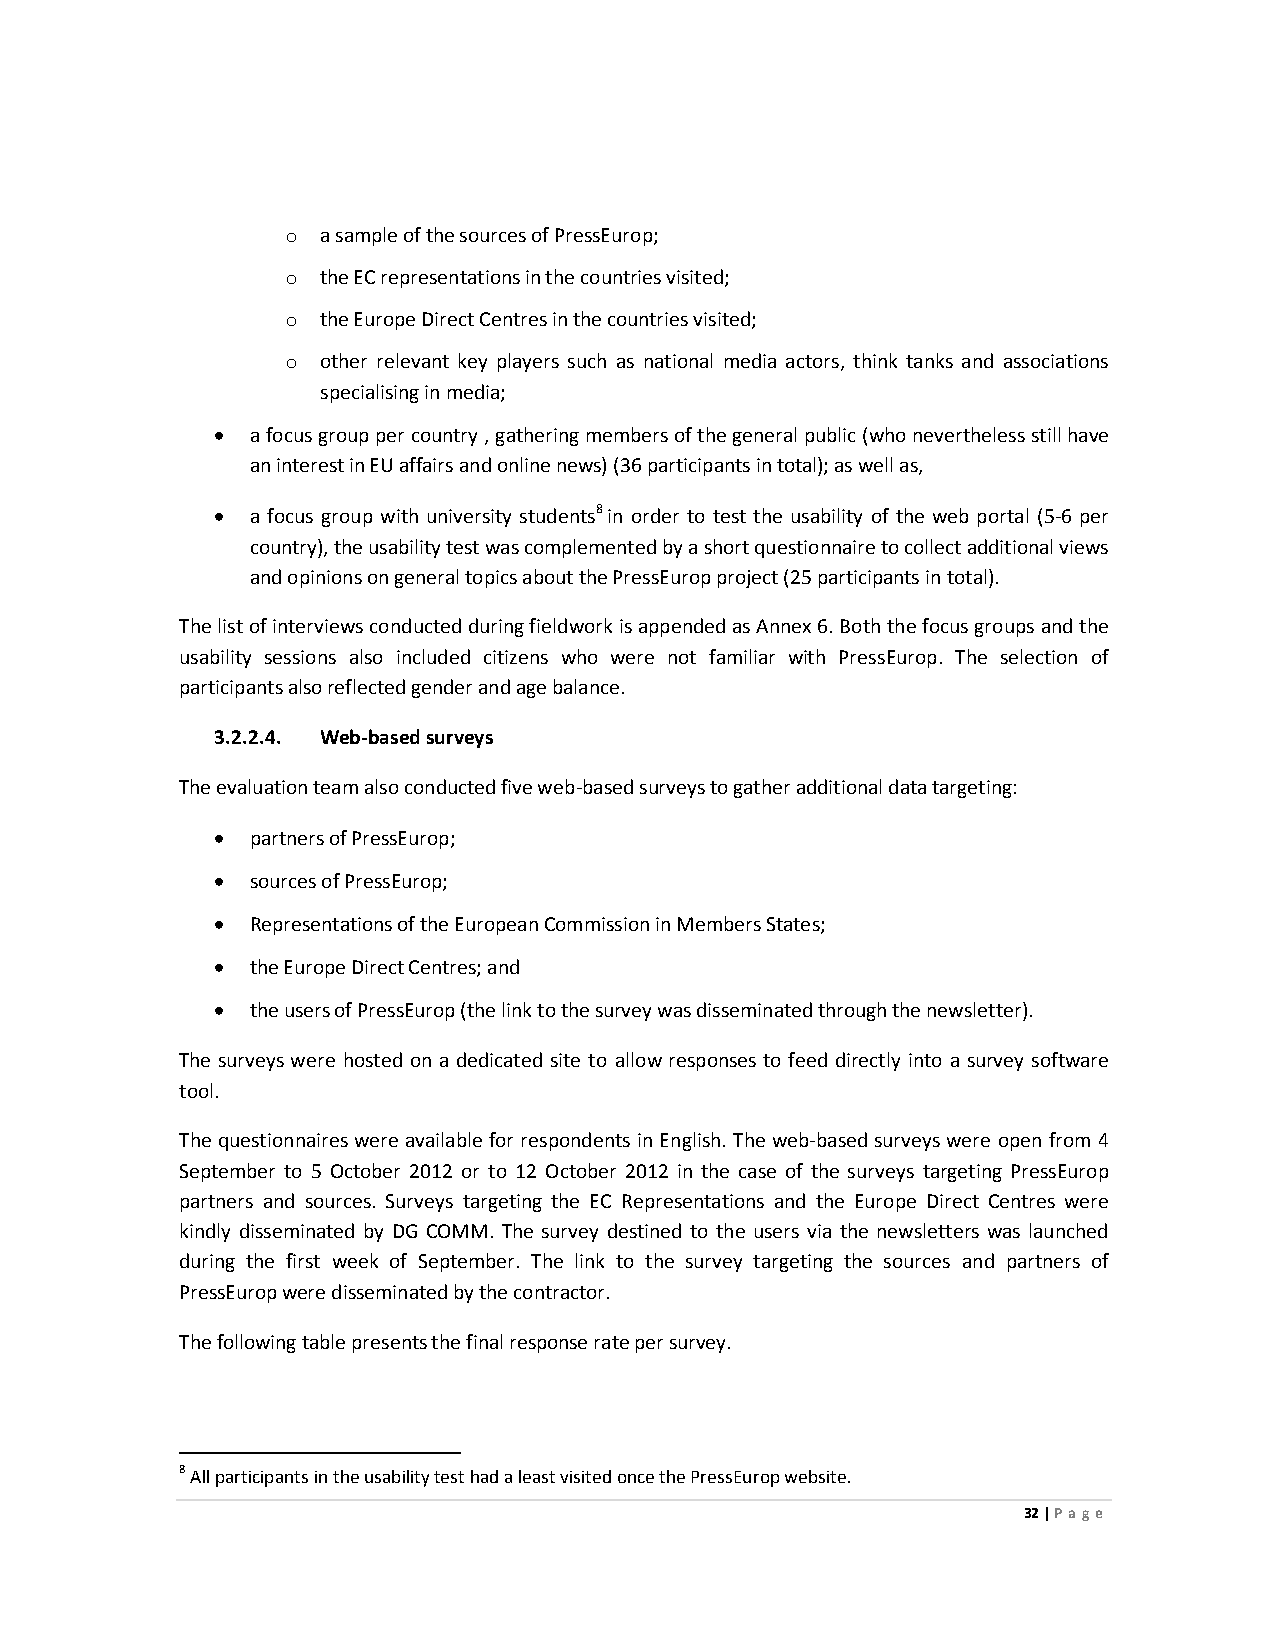
o a sample of the sources of PressEurop;
 o the EC representations in the countries visited;
 o the Europe Direct Centres in the countries visited;
 o other relevant key players such as national media actors, think tanks and associations
 specialising in media;
 •  a focus group per country , gathering members of the general public (who nevertheless still have
 an interest in EU affairs and online news) (36 participants in total); as well as,
 •  a focus group with university students8 in order to test the usability of the web portal (5-6 per
 country), the usability test was complemented by a short questionnaire to collect additional views
 and opinions on general topics about the PressEurop project (25 participants in total).
 The list of interviews conducted during fieldwork is appended as Annex 6. Both the focus groups and the
 usability sessions also included citizens who were not familiar with PressEurop. The selection of
 participants also reflected gender and age balance.
 3.2.2.4. Web-based surveys
 The evaluation team also conducted five web-based surveys to gather additional data targeting:
 •  partners of PressEurop;
 •  sources of PressEurop;
 •  Representations of the European Commission in Members States;
 •  the Europe Direct Centres; and
 •  the users of PressEurop (the link to the survey was disseminated through the newsletter).
 The surveys were hosted on a dedicated site to allow responses to feed directly into a survey software
 tool.
 The questionnaires were available for respondents in English. The web-based surveys were open from 4
 September to 5 October 2012 or to 12 October 2012 in the case of the surveys targeting PressEurop
 partners and sources. Surveys targeting the EC Representations and the Europe Direct Centres were
 kindly disseminated by DG COMM. The survey destined to the users via the newsletters was launched
 during the first week of September. The link to the survey targeting the sources and partners of
 PressEurop were disseminated by the contractor.
 The following table presents the final response rate per survey.
 8 All participants in the usability test had a least visited once the PressEurop website.
 32 | Page